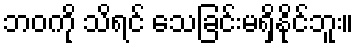
ဘဝကို သိရင် သေခြင်းမရှိနိုင်ဘူး။